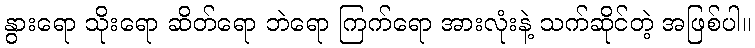
နွားရော သိုးရော ဆိတ်ရော ဘဲရော ကြက်ရော အားလုံးနဲ့ သက်ဆိုင်တဲ့ အဖြစ်ပါ။